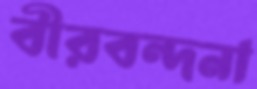
বীরবন্দনা